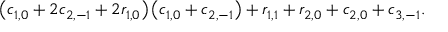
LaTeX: \left( c _ { 1 , 0 } + 2 c _ { 2 , - 1 } + 2 r _ { 1 , 0 } \right) \left( c _ { 1 , 0 } + c _ { 2 , - 1 } \right) + r _ { 1 , 1 } + r _ { 2 , 0 } + c _ { 2 , 0 } + c _ { 3 , - 1 } .